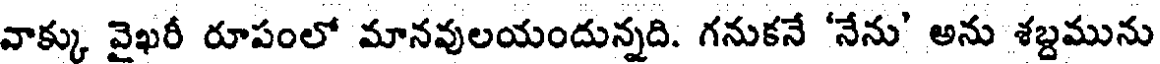
వాక్కు వైఖరీ రూపంలో మానవులయందున్నది. గనుకనే 'నేను' అను శబ్దమును